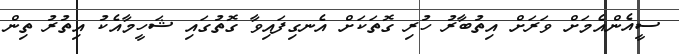
ސީއެންއެމަށް ވަރަށް އިތުބާރު ހުރި ގޮތަކަށް އެނގިފައިވާ ގޮތުގައި ޝަހީމާއެކު އިތުރު ތިން